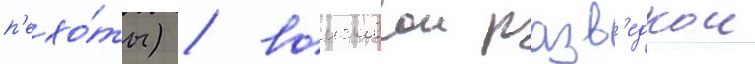
п'ехо́ты) / воисковои разв'едкои